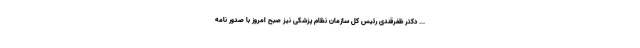
... دکتر ظفرقندی رئیس کل سازمان نظام پزشکی نیز صبح امروز با صدور نامه